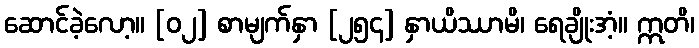
ဆောင်ခဲ့လော့။ [၀၂] စာမျက်နှာ [၂၅၄] နှာယိဿာမိ၊ ရေချိုးအံ့။ ဣတိ၊